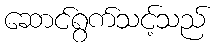
ဆောင်ရွက်သင့်သည်